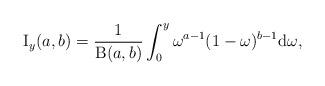
LaTeX: \begin{align*}\operatorname{I}_{y}(a,b) = \frac{1}{\operatorname{B}(a,b)}\int^{y}_{0} \omega^{a-1}(1-\omega)^{b-1}\mathrm{d}\omega,\end{align*}